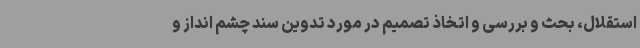
استقلال، بحث و بررسی و اتخاذ تصمیم در مورد تدوین سند چشم انداز و